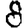
Digit: 8